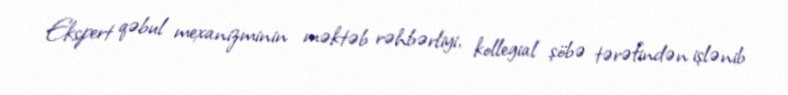
Ekspert qəbul mexanizminin məktəb rəhbərliyi, kollegial şöbə tərəfindən işlənib